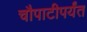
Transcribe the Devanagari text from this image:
चौपाटीपर्यंत